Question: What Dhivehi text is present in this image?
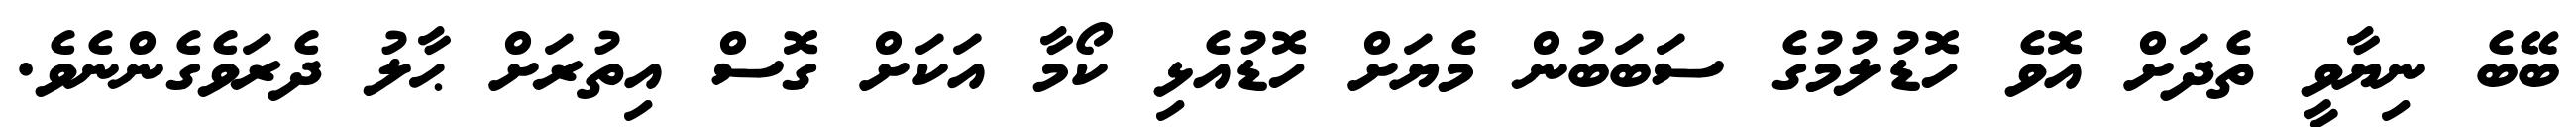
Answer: ބޭބެ ނިޔާވީ ތެދަށް އޮވެ ހޮޑުލުމުގެ ސަބަބުން މެޔަށް ހޮޑުއެޅި ކޯމާ އަކަށް ގޮސް އިތުރަށް ޙާލު ދެރަވެގެންނެވެ.